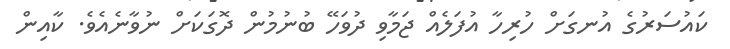
ކައުސަރުގެ އުނގަށް ހުރިހާ އުފަލެއް ޖަމާވި ދުވަހޭ ބުނުމުން ދޮގަކަށް ނުވާނެއެވެ. ކާއިން